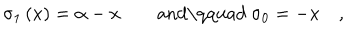
\sigma _ { 1 } \left( x \right) = \alpha - x \qquad \mathrm { a n d \qquad ~ } \sigma _ { 0 } = - x \quad ,